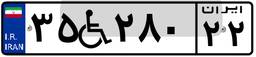
۳۵W۲۸۰۲۲